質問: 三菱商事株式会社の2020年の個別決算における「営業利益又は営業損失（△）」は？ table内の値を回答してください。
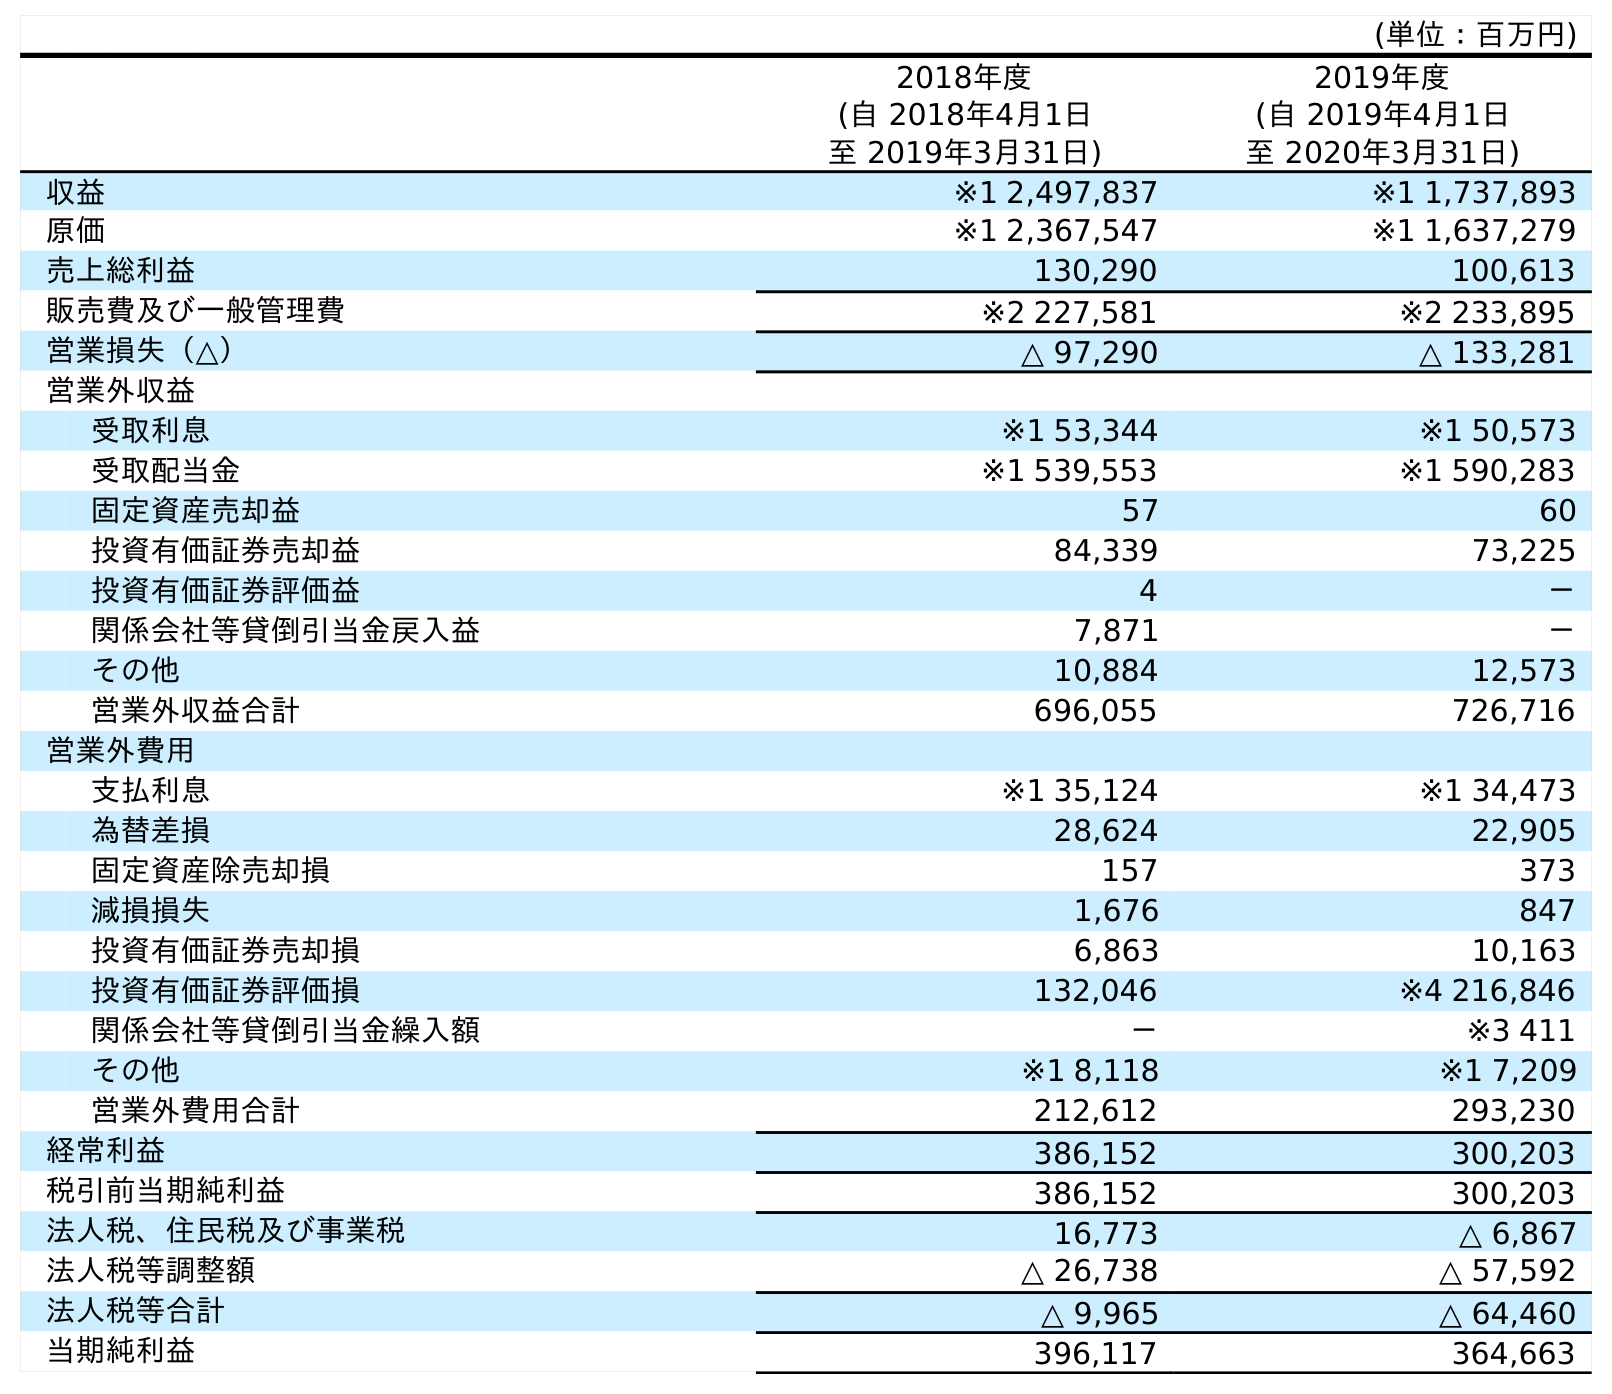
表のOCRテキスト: (単位：百万円) 2018年度 (自 2018年4月1日 至 2019年3月31日) 2019年度 (自 2019年4月1日 至 2020年3月31日) 収益 ※1 2,497,837 ※1 1,737,893 原価 ※1 2,367,547 ※1 1,637,279 売上総利益 130,290 100,613 販売費及び一般管理費 ※2 227,581 ※2 233,895 営業損失（△） △ 97,290 △ 133,281 営業外収益 受取利息 ※1 53,344 ※1 50,573 受取配当金 ※1 539,553 ※1 590,283 固定資産売却益 57 60 投資有価証券売却益 84,339 73,225 投資有価証券評価益 4 － 関係会社等貸倒引当金戻入益 7,871 － その他 10,884 12,573 営業外収益合計 696,055 726,716 営業外費用 支払利息 ※1 35,124 ※1 34,473 為替差損 28,624 22,905 固定資産除売却損 157 373 減損損失 1,676 847 投資有価証券売却損 6,863 10,163 投資有価証券評価損 132,046 ※4 216,846 関係会社等貸倒引当金繰入額 － ※3 411 その他 ※1 8,118 ※1 7,209 営業外費用合計 212,612 293,230 経常利益 386,152 300,203 税引前当期純利益 386,152 300,203 法人税、住民税及び事業税 16,773 △ 6,867 法人税等調整額 △ 26,738 △ 57,592 法人税等合計 △ 9,965 △ 64,460 当期純利益 396,117 364,663
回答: △133,281